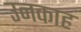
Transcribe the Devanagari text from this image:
उनकाह